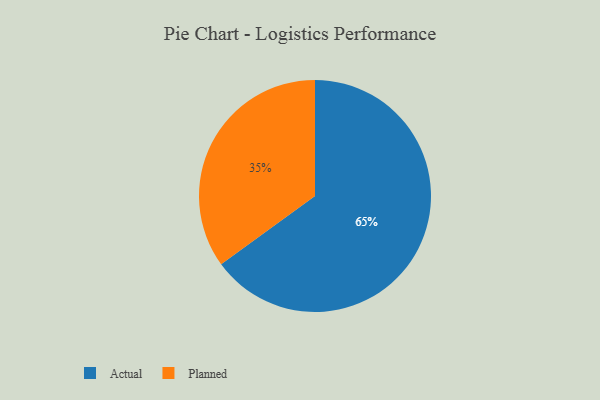
{"axis": {"x": "Category", "y": "Percentage"}, "legend": ["Actual", "Planned"], "data": [{"x": "Actual", "y": 65, "type": "Actual"}, {"x": "Planned", "y": 35, "type": "Planned"}]}